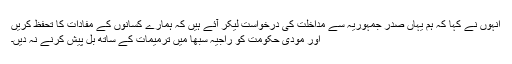
انہوں نے کہا کہ ہم یہاں صدر جمہوریہ سے مداخلت کی درخواست لیکر آئے ہیں کہ ہمارے کسانوں کے مفادات کا تحفظ کریں
اور مودی حکومت کو راجیہ سبھا میں ترمیمات کے ساتھ بل پیش کرنے نہ دیں۔